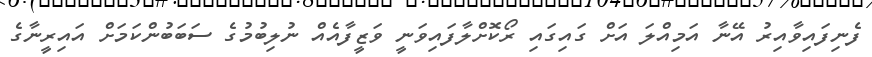
ފެނިފައިވާއިރު އޭނާ އަމިއްލަ އަށް ގައިގައި ރޯކޮށްލާފައިވަނީ ވަޒީފާއެއް ނުލިބުމުގެ ސަބަބުންކަމަށް އައިރީނާގެ